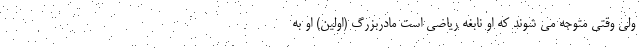
ولی وقتی متوجه می شوند که او نابغه ریاضی است مادربزرگ (اولین) او به